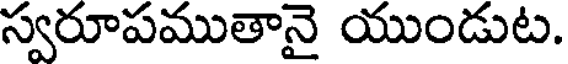
స్వరూపముతానై యుండుట.